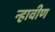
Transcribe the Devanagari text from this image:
न्हावीण